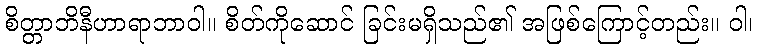
စိတ္တာဘိနီဟာရာဘာဝါ။ စိတ်ကိုဆောင် ခြင်းမရှိသည်၏ အဖြစ်ကြောင့်တည်း။ ဝါ၊